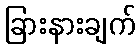
ခြားနားချက်